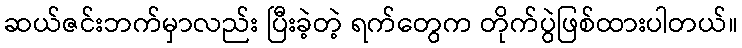
ဆယ်ဇင်းဘက်မှာလည်း ပြီးခဲ့တဲ့ ရက်တွေက တိုက်ပွဲဖြစ်ထားပါတယ်။